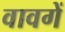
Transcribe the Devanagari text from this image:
वावगें